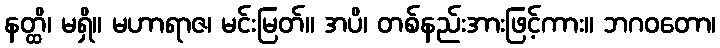
နတ္ထိ၊ မရှိ။ မဟာရာဇ၊ မင်းမြတ်။ အပိ၊ တစ်နည်းအားဖြင့်ကား။ ဘဂဝတော၊